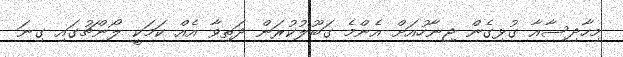
މިހާދިސާއާ ގުޅިގެން ޖިނާހުއަށް އެންމެ ގަބޫލުކުރަން ދަތިވާ އެއް ކަމަކީ ލޯންޗުގައި ގިނަ